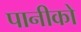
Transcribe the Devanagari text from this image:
पानीको